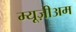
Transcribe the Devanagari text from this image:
म्यूज़ीअम